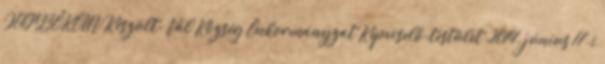
JEGYZŐKÖNV Készült: Vál Község Önkormányzat Képviselő-testület 2014. június 17-i